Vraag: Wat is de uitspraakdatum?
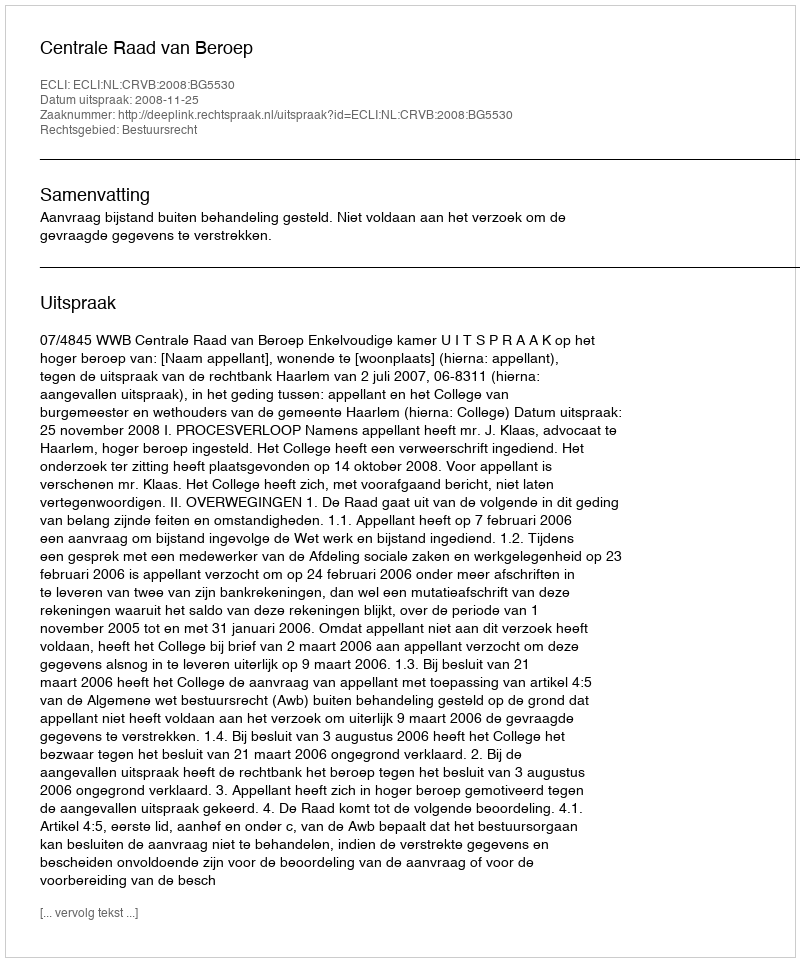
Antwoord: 2008-11-25